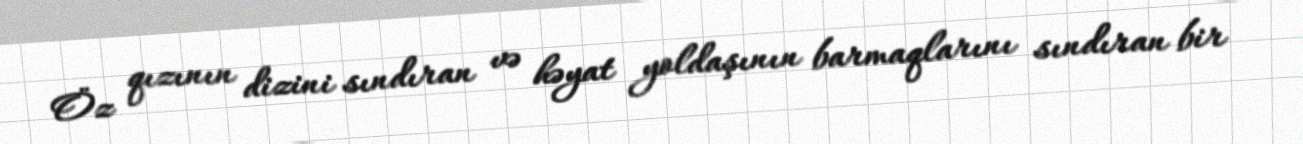
Öz qızının dizini sındıran və həyat yoldaşının barmaqlarını sındıran bir